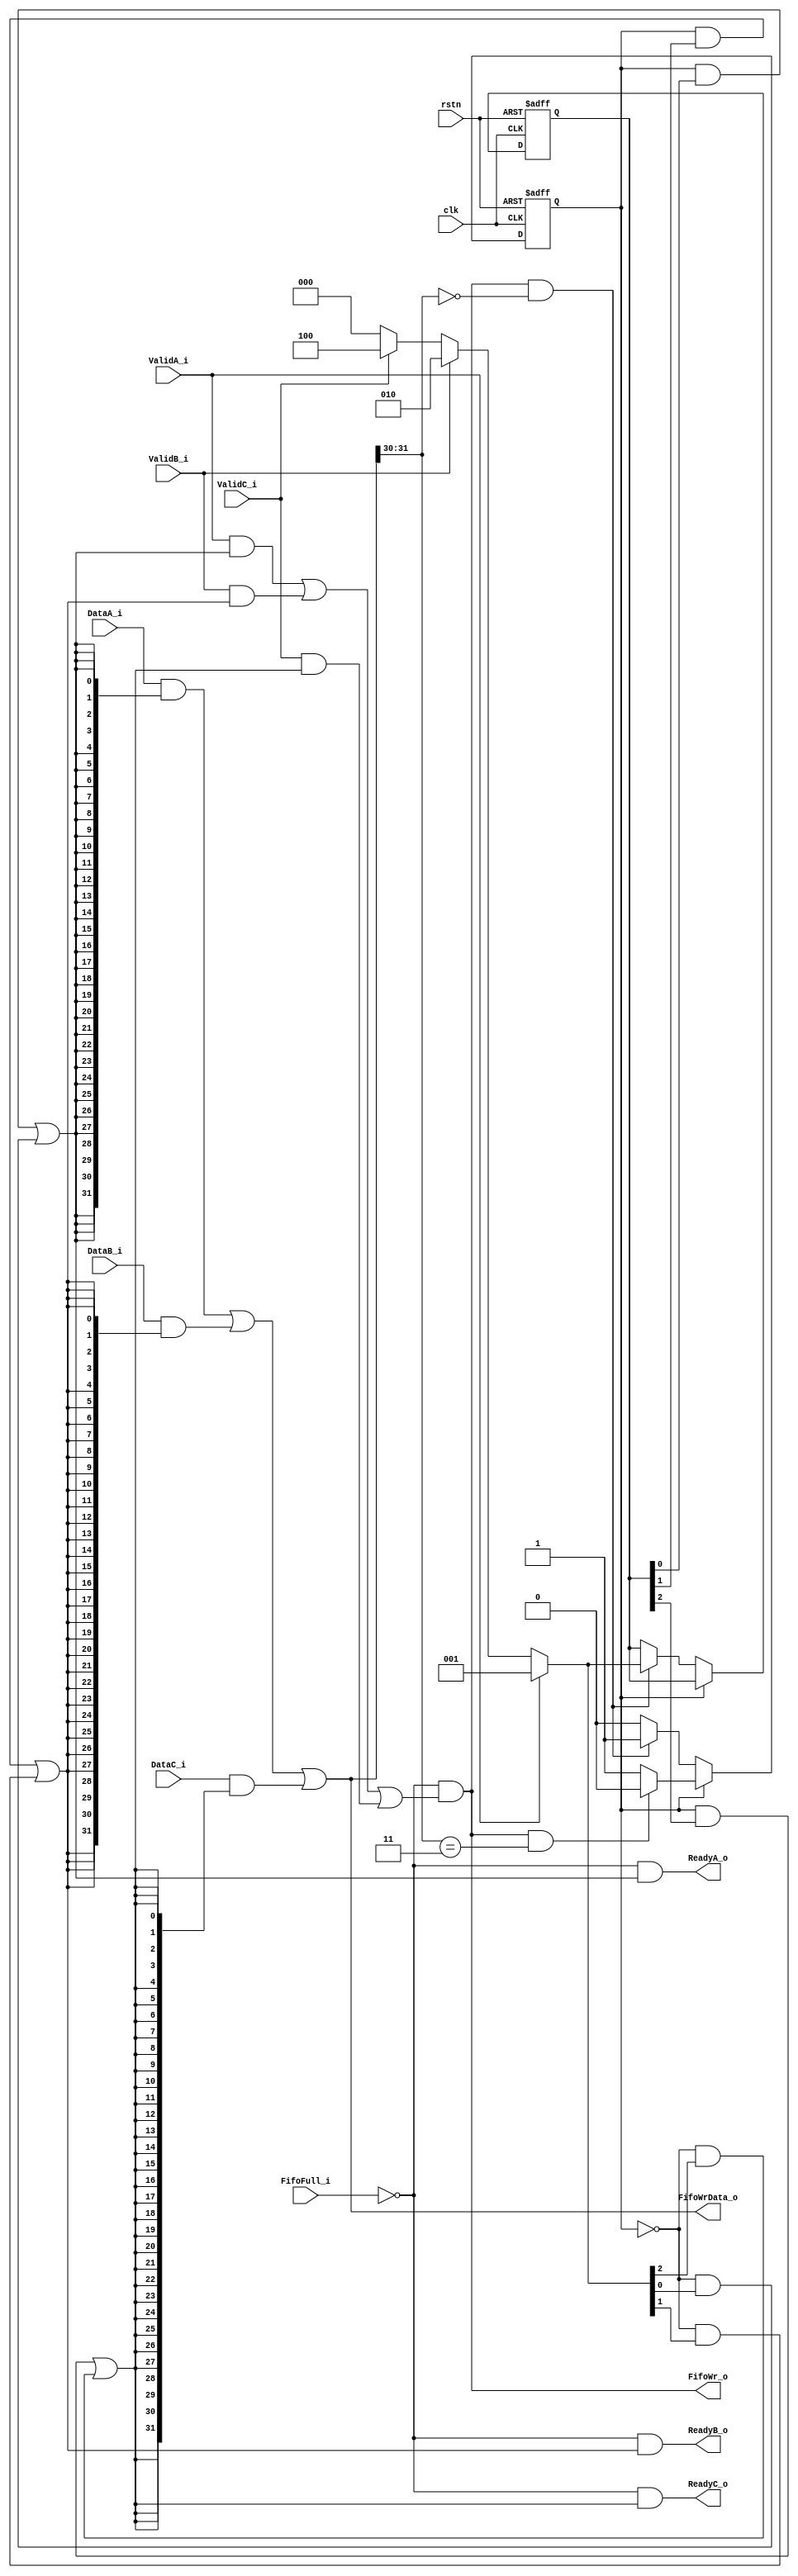
module  SwAlloc3x1 (
    input   wire                clk,
    input   wire                rstn,

    input   wire                ValidA_i,
    input   wire    [31:0]      DataA_i,
    output  wire                ReadyA_o,

    input   wire                ValidB_i,
    input   wire    [31:0]      DataB_i,
    output  wire                ReadyB_o,

    input   wire                ValidC_i,
    input   wire    [31:0]      DataC_i,
    output  wire                ReadyC_o,

    input   wire                FifoFull_i,
    output  wire    [31:0]      FifoWrData_o,
    output  wire                FifoWr_o
);

wire    [1:0]   FlitTpye;

assign  FlitTpye    =   FifoWrData_o[31:30];

wire            HeadFlit,TailFlit;

assign  HeadFlit    =   FlitTpye    ==  2'b00;
assign  TailFlit    =   FlitTpye    ==  2'b11;

wire    [2:0]   Grant;

assign  Grant   =   ValidA_i    ?   3'b001  :   (
                    ValidB_i    ?   3'b010  :   (
                    ValidC_i    ?   3'b100  :   3'b000));

reg             Occupy = 1'b0;
reg     [2:0]   GrantReg = 3'b000;

always@(posedge clk or negedge rstn) begin
    if(~rstn) begin
        Occupy      <=  1'b0;
        GrantReg    <=  3'b000;
    end else begin 
        if(Occupy) begin
            if(FifoWr_o  &   TailFlit) begin
                Occupy      <=  1'b0;
            end
        end else begin
            if(FifoWr_o  &   HeadFlit) begin
                Occupy      <=  1'b1;
                GrantReg    <=  Grant;
            end
        end
    end
end
        
assign  FifoWr_o    =   ~FifoFull_i &   (
                        (ValidA_i   &   ((Occupy    &   GrantReg[0])    |   (~Occupy    &   Grant[0]))) |
                        (ValidB_i   &   ((Occupy    &   GrantReg[1])    |   (~Occupy    &   Grant[1]))) |
                        (ValidC_i   &   ((Occupy    &   GrantReg[2])    |   (~Occupy    &   Grant[2]))) );

assign  FifoWrData_o    =   (DataA_i    &   {32{(Occupy &   GrantReg[0])    |   (~Occupy    &   Grant[0])}})    |
                            (DataB_i    &   {32{(Occupy &   GrantReg[1])    |   (~Occupy    &   Grant[1])}})    |
                            (DataC_i    &   {32{(Occupy &   GrantReg[2])    |   (~Occupy    &   Grant[2])}})    ;


assign  ReadyA_o    =   ~FifoFull_i &   ((Occupy    &   GrantReg[0])    |   (~Occupy    &   Grant[0]));

assign  ReadyB_o    =   ~FifoFull_i &   ((Occupy    &   GrantReg[1])    |   (~Occupy    &   Grant[1]));

assign  ReadyC_o    =   ~FifoFull_i &   ((Occupy    &   GrantReg[2])    |   (~Occupy    &   Grant[2]));

endmodule